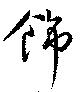
飾